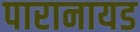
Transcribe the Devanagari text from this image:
पारानायड